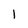
Character: 1